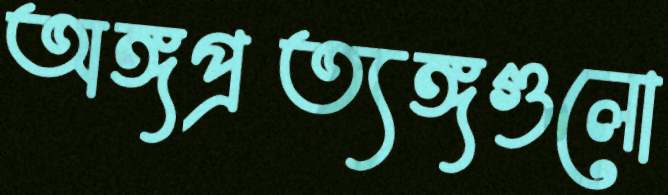
অঙ্গপ্রত্যঙ্গগুলো